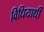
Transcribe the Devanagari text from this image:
विधियार्थी